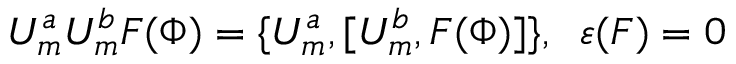
U _ { m } ^ { a } U _ { m } ^ { b } F ( \Phi ) = \{ U _ { m } ^ { a } , { [ } U _ { m } ^ { b } , F ( \Phi ) { ] } \} , \; \; \varepsilon ( F ) = 0